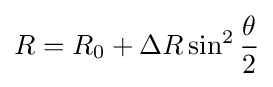
R=R_{0}+\Delta R\sin ^{2}{\frac {\theta }{2}}